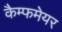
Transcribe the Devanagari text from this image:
कैम्फमेयर